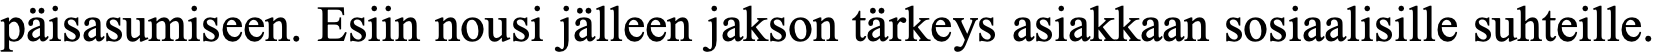
päisasumiseen. Esiin nousi jälleen jakson tärkeys asiakkaan sosiaalisille suhteille.